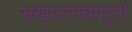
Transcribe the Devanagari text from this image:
सखारामबापूंनी